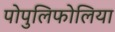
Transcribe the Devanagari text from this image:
पोपुलिफोलिया